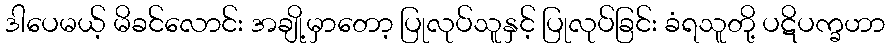
ဒါပေမယ့် မိခင်လောင်း အချို့မှာတော့ ပြုလုပ်သူနှင့် ပြုလုပ်ခြင်း ခံရသူတို့ ပဋိပက္ခဟာ